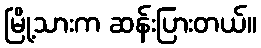
မြို့သားက ဆန်းပြားတယ်။